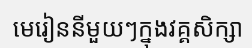
មេរៀននីមួយៗក្នុងវគ្គសិក្សា